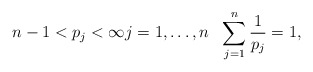
\begin{align*}n-1<p_j<\infty j=1,\ldots,n \ \ \sum_{j=1}^n \frac{1}{p_j} = 1,\end{align*}